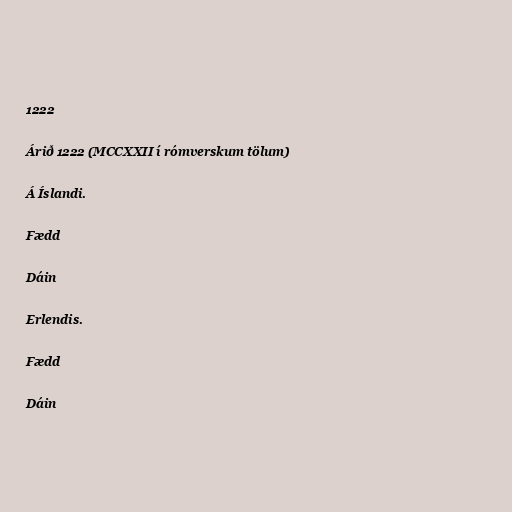
1222

Árið 1222 (MCCXXII í rómverskum tölum)

Á Íslandi.

Fædd

Dáin

Erlendis.

Fædd

Dáin